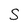
Character: S